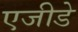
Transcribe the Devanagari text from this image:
एजीडे